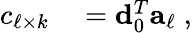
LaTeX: \begin{array}{rl}{c_{\ell\times k}}&{{}={\mathbf d}_{0}^{T}{\mathbf a}_{\ell}\; ,}\end{array}